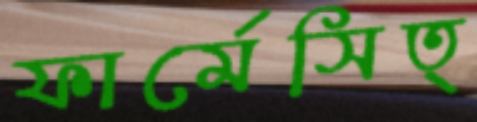
ফার্মেসিত্